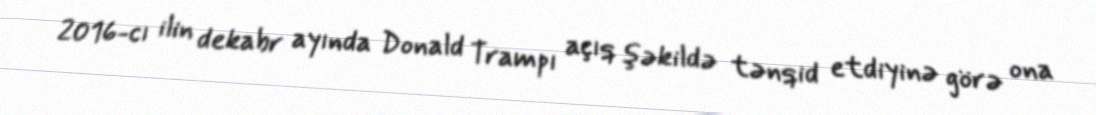
2016-cı ilin dekabr ayında Donald Trampı açıq şəkildə tənqid etdiyinə görə ona